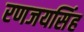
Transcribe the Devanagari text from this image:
रणजयसिंह